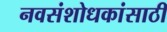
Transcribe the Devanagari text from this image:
नवसंशोधकांसाठी